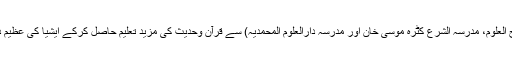
اس کے بعد سنبھل کے مشہور تعلیمی اداروں (مدرسہ سراج العلوم، مدرسہ الشرع کٹرہ موسیٰ خان اور مدرسہ دارالعلوم المحمدیہ) سے قرآن وحدیث کی مزید تعلیم حاصل کرکے ایشیا کی عظیم دینی یونیورسٹی ”دارالعلوم دیوبند“ میں 1956 میں داخلہ لیا۔